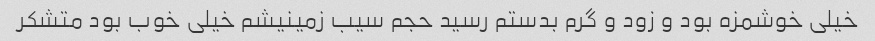
خیلی خوشمزه بود و زود و گرم بدستم رسید حجم سیب زمینیشم خیلی خوب بود متشکر